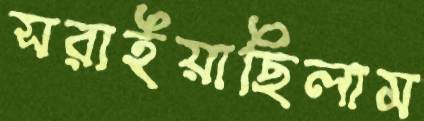
সরাইয়াছিলাম